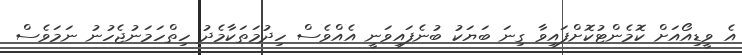
އެ ވީޑިއޯއަށް ކޮމެންޓުކޮށްފައިވާ ގިނަ ބަޔަކު ބުނެފައިވަނީ އެއްވެސް ހިދުމަތަކާމެދު ހިތްހަމަނުޖެހުނު ނަމަވެސް